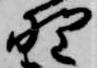
野